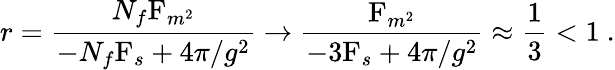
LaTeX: r=\frac{N_{f}\mathrm{F}_{m^{2}}}{-N_{f}\mathrm{F}_{s}+4\pi/g^{2}}\rightarrow\frac{\mathrm{F}_{m^{2}}}{-3\mathrm{F}_{s}+4\pi/g^{2}}\approx\frac 13<1\ .